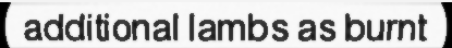
additional lambs as burnt